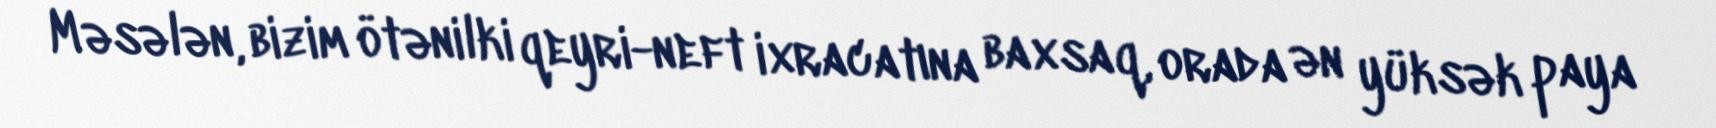
Məsələn, bizim ötənilki qeyri-neft ixracatına baxsaq, orada ən yüksək paya